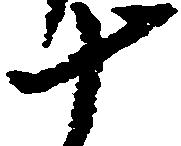
十